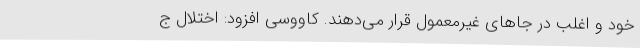
خود و اغلب در جاهای غیرمعمول قرار می‌دهند. کاووسی افزود: اختلال ج